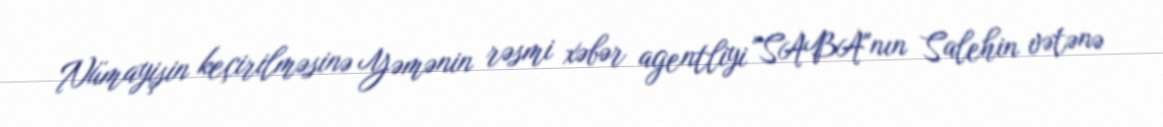
Nümayişin keçirilməsinə Yəmənin rəsmi xəbər agentliyi "SABA"nın Salehin vətənə